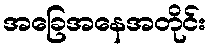
အခြေအနေအတိုင်း